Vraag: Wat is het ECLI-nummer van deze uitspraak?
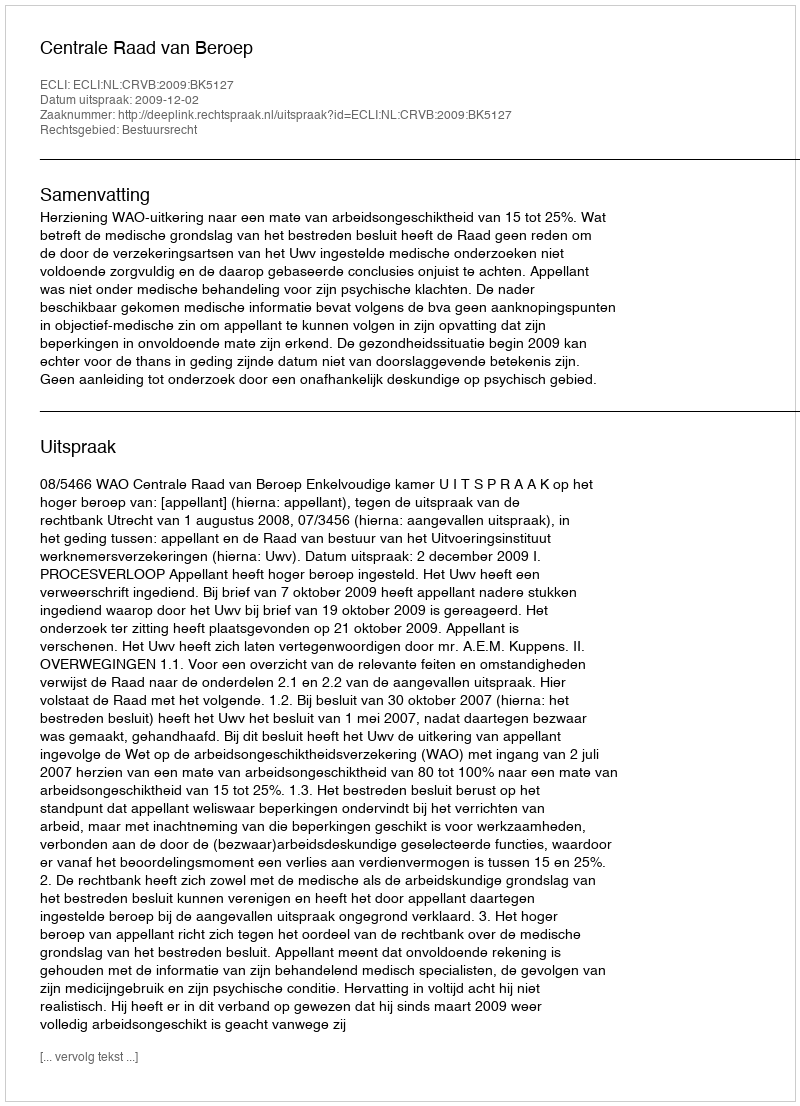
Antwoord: ECLI:NL:CRVB:2009:BK5127